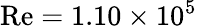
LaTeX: \mathrm{Re}=1.10\times 10^{5}